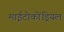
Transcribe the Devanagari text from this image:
माईटोकोंड्रियल